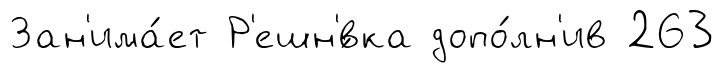
Зан'има́ет Р'ешн'́вка допо́лн'ив 263